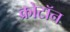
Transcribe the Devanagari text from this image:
क्रोटॉन